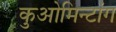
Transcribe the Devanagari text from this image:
कुओमिन्टांग